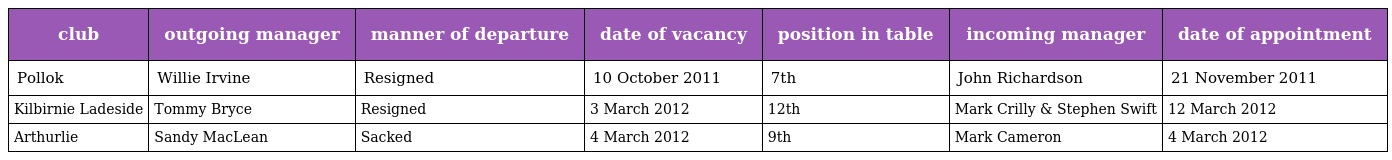
| club | outgoing manager | manner of departure | date of vacancy | position in table | incoming manager | date of appointment |
 | --- | --- | --- | --- | --- | --- | --- |
 | Pollok | Willie Irvine | Resigned | 10 October 2011 | 7th | John Richardson | 21 November 2011 |
 | Kilbirnie Ladeside | Tommy Bryce | Resigned | 3 March 2012 | 12th | Mark Crilly & Stephen Swift | 12 March 2012 |
 | Arthurlie | Sandy MacLean | Sacked | 4 March 2012 | 9th | Mark Cameron | 4 March 2012 |